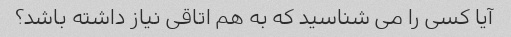
آیا کسی را می شناسید که به هم اتاقی نیاز داشته باشد؟